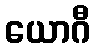
ယောဂီ